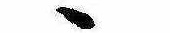
ゝ